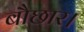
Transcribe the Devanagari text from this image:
बौछार।